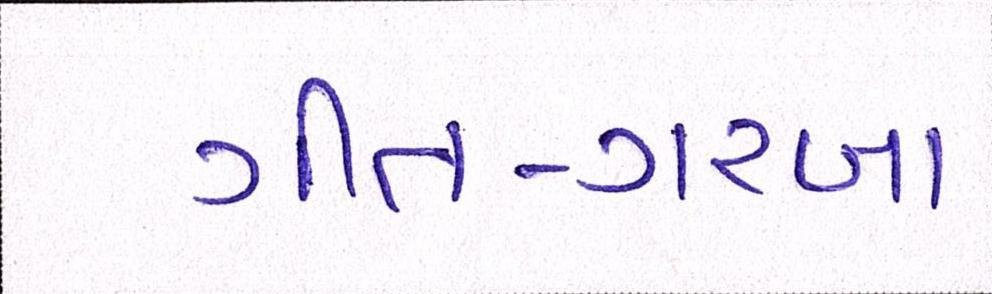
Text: ગીત-ગરબા